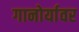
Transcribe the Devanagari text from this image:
गानोर्यावर